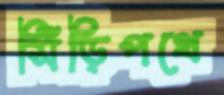
সিঁড়িপথে